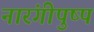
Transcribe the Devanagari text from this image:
नारंगीपुष्प